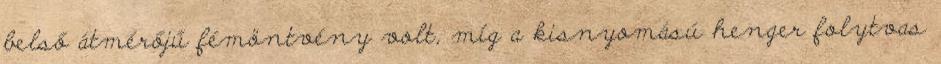
belső átmérőjű fémöntvény volt, míg a kisnyomású henger folytvas